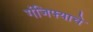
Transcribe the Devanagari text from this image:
गंजिफ्याचे